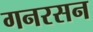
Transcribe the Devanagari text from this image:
गनरसन